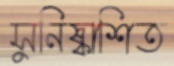
সুনিষ্কাশিত